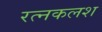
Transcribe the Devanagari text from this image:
रत्‍नकलश